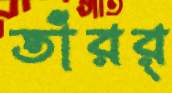
তাঁরর্